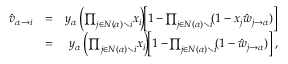
\begin{array} { r l r } { \! \! \! \! \! \! \hat { v } _ { \alpha \to i } } & { = } & { y _ { \alpha } \left( \prod _ { j \in N ( \alpha ) \setminus i } \! x _ { i } \! \right) \! \! \left[ 1 - \! \prod _ { j \in N ( \alpha ) \setminus i } \! ( 1 - x _ { j } \hat { w } _ { j \rightarrow \alpha } ) \right] } \\ & { = } & { y _ { \alpha } \left( \prod _ { j \in N ( \alpha ) \setminus i } \! x _ { i } \! \right) \! \! \left[ 1 - \! \prod _ { j \in N ( \alpha ) \setminus i } \! ( 1 - \hat { w } _ { j \rightarrow \alpha } ) \right] , } \end{array}